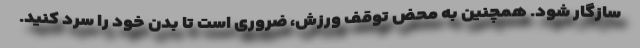
سازگار شود. همچنین به محض توقف ورزش، ضروری است تا بدن خود را سرد کنید.